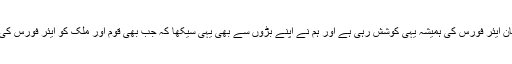
نجی ٹی وی سے گفتگو میں انہوں نے کہامیں قوم کو یہ پیغام دینا چاہتا ہوں کہ پاکستان ایئر فورس کی ہمیشہ یہی کوشش رہی ہے اور ہم نے اپنے بڑوں سے بھی یہی سیکھا کہ جب بھی قوم اور ملک کو ایئر فورس کی ضرورت پڑی تو انشااللہ ہم اپنی جان کا نذرانہ دینے سے بھی دریغ نہیں کریں گے۔